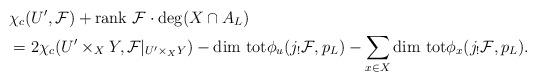
LaTeX: \begin{align*}&\chi_c(U',{\cal F})+{\rm rank}\ {\cal F}\cdot \deg(X\cap A_L)\\&=2\chi_c(U'\times_XY,{\cal F}|_{U'\times_XY})-{\rm dim\ tot}\phi_u(j_!{\cal F},p_L)-\sum_{x\in X}{\rm dim\ tot}\phi_x(j_!{\cal F},p_L).\end{align*}